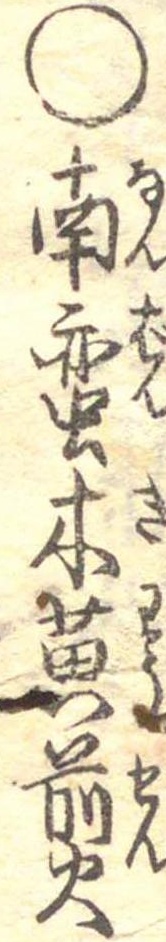
○南蛮木黄煎